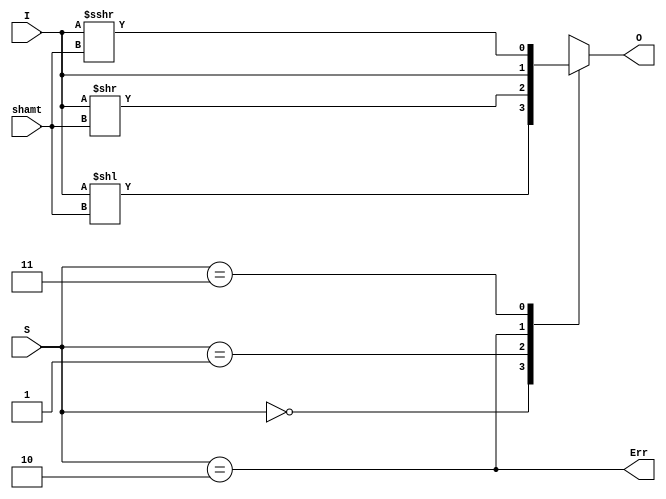
////////////////////////////////////////////////////////////////
// (c) 2018
// IDVR Modules
//
////////////////////////////////////////////////////////////////

`ifndef FFD
`define FFD 1
`endif

module idvr_shift #(
    parameter W=1,
    parameter TW=5
) (
    input  [W-1:0]  I,
    input  [TW-1:0] shamt,
    output [W-1:0]  O,
    output          Err,
    input  [1:0]    S
);

    /*///
    This module is for shift on input value I. The shift type is controlled by S
    
    Definition on control S:
    
    0b00 : shift left
    0b01 : shift right
    0b11 : arithmetic shift right 
    0b10 : illegal
    *////
    reg [W-1:0] wO;
    always @(*) begin : switch
        case (S) // synopsys parallel_case
            2'b00 : wO = I << shamt;
            2'b01 : wO = I >> shamt;
            2'b10 : wO = I;
            2'b11 : wO = $signed(I) >>> shamt;
        endcase
    end
    assign O = wO;
    assign Err = (S == 2'b10);
    

endmodule